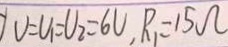
V = U _ { 1 } = U _ { 2 } = 6 V , R _ { 1 } = 1 5 \Omega